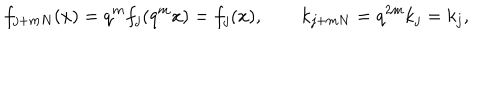
LaTeX: f _ { j + m N } ( x ) = q ^ { m } f _ { j } ( q ^ { m } x ) = f _ { j } ( x ) , \qquad k _ { j + m N } = q ^ { 2 m } k _ { j } = k _ { j } ,